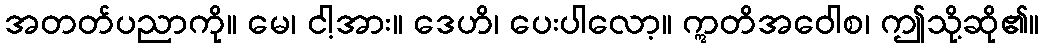
အတတ်ပညာကို။ မေ၊ ငါ့အား။ ဒေဟိ၊ ပေးပါလော့။ ဣတိအဝေါစ၊ ဤသို့ဆို၏။